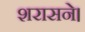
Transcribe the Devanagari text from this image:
शरासने।